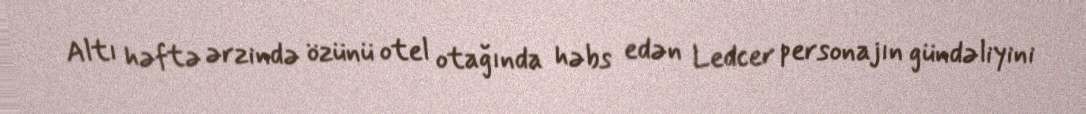
Altı həftə ərzində özünü otel otağında həbs edən Ledcer personajın gündəliyini